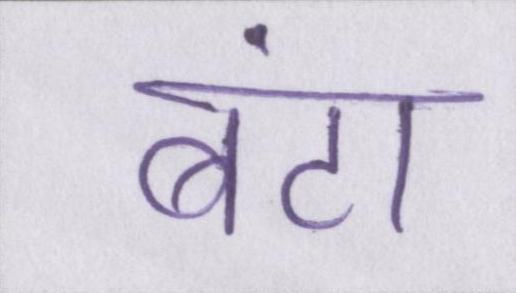
बंटा